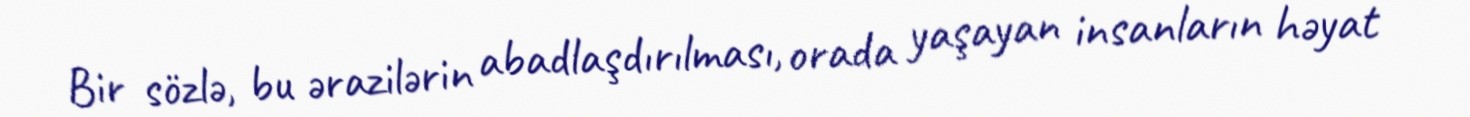
Bir sözlə, bu ərazilərin abadlaşdırılması, orada yaşayan insanların həyat